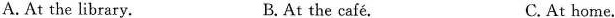
A. At the library. B. At the café. C.At home.